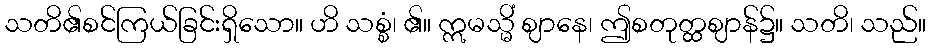
သတိ၏စင်ကြယ်ခြင်းရှိသော။ ဟိ သစ္စံ၊ ၏။ ဣမသ္မိံ ဈာနေ၊ ဤစတုတ္ထဈာန်၌။ သတိ၊ သည်။